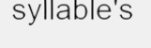
syllable's